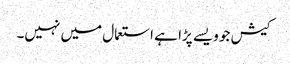
کیش جو ویسے پڑا ہے استعمال میں نہیں۔